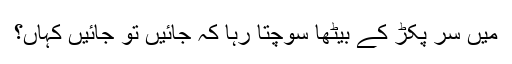
میں سر پکڑ کے بیٹھا سوچتا رہا کہ جائیں تو جائیں کہاں؟